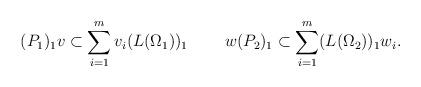
LaTeX: \begin{align*} (P_1)_1v\subset\sum_{i=1}^mv_i(L(\Omega_1))_1\;\;\;\;\;\;\;\;w(P_2)_1\subset\sum_{i=1}^m (L(\Omega_2))_1w_i. \end{align*}